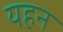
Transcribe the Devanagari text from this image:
यहन